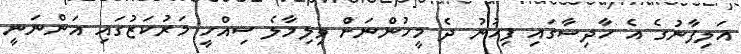
އަލިފާނުގެ އެ ހާދިސާގައި ފިހުނު ދެ މީހުންނަށް ވިލިމާލެ ސިއްހީ މަރުކަޒުގައި އަންނަނީ